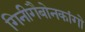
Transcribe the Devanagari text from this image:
गिनीगैबोनकांगो